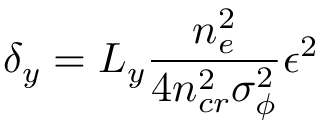
\delta _ { y } = L _ { y } \frac { n _ { e } ^ { 2 } } { 4 n _ { c r } ^ { 2 } \sigma _ { \phi } ^ { 2 } } \epsilon ^ { 2 }